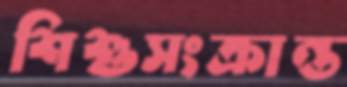
শিশুসংক্রান্ত